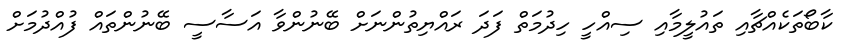
ކާބޯތަކެއްޗާއި ތައުލީމާއި ސިއްހީ ހިދުމަތް ފަދަ ރައްޔިތުންނަށް ބޭނުންވާ އަސާސީ ބޭނުންތައް ފުއްދުމަށް